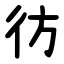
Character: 彷